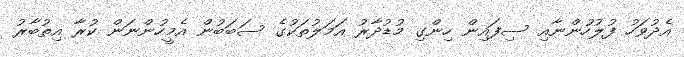
އެދުވަހު ފުލުހުންނާއި ސިފައިން ހިންގި މުޑުދާރު އަމަލުތަކުގެ ސަބަބުން އެމީހުންނަން ކުރާ އިތުބާރު